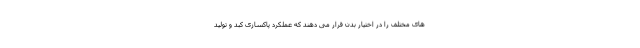
های مختلف را در اختیار بدن قرار می دهند که عملکرد پاکسازی کبد و تولید